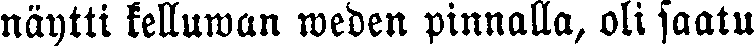
näytti kelluwan weden pinnalla, oli saatu